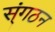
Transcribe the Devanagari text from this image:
स्ंगठन